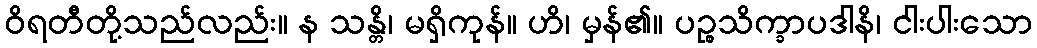
ဝိရတီတို့သည်လည်း။ န သန္တိ၊ မရှိကုန်။ ဟိ၊ မှန်၏။ ပဉ္စသိက္ခာပဒါနိ၊ ငါးပါးသော